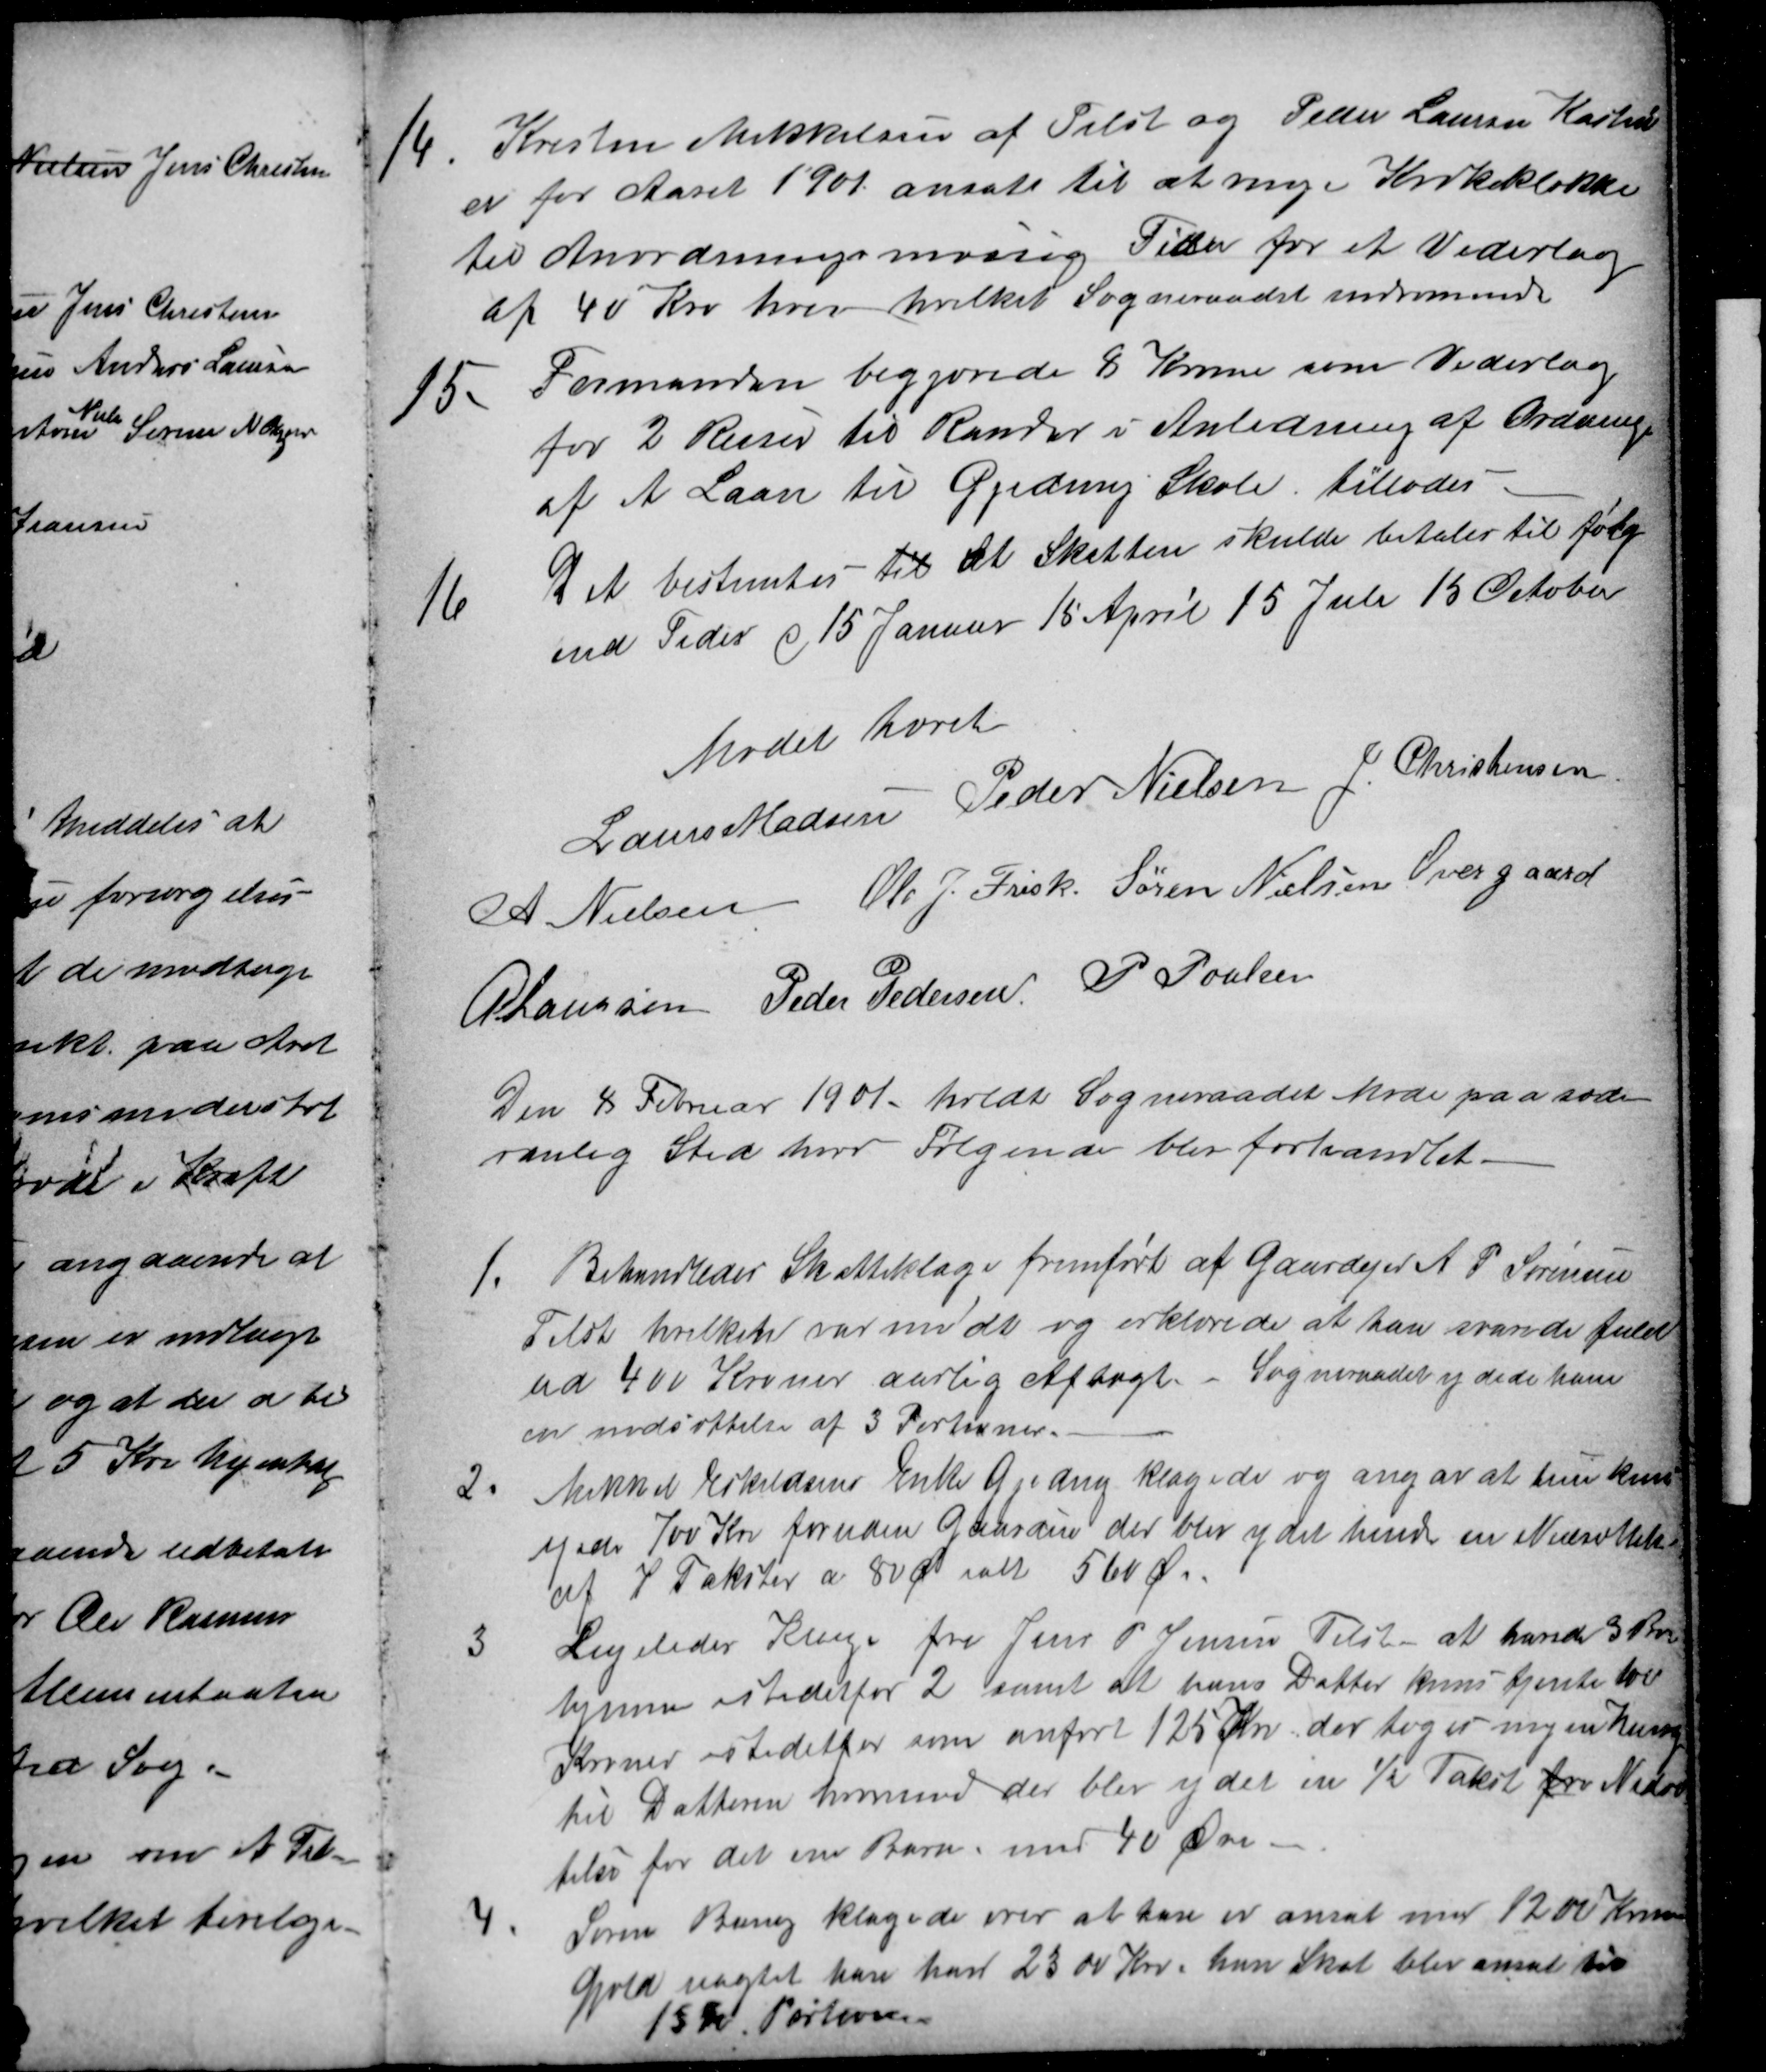
Transskription:
14. Kristen Mikkelsen af Tilst og Peder Laursen Kasted
er for Aaret 1901 ansate til at ringe Kirkeklokke
til Anordningsmæssig Tider for et Vederlag
af 40 Kro hver hvilket Sogneraadet indrømmede
15. Formanden begjærede 8 Kroner som Vederlag
for 2 Reiser til Randers i Anledning af Ordning
af et Laan til Gjeding Skole. tillodes
16 Det bestemtes til at Skatten skulde betales til følg
end Tider d 15 Januar 15 April 15 Juli 15 October
Mødet hævet
Laurs Madsen Peder Nielsen J. Christensen
A Nielsen Ole J. Frisk Søren Nielsen Overgaard
A Laursen Peder Pedersen P Poulsen
Den 8 Februar 1901 holdt Sogneraadet Møde paa sæd-
vanlig Sted hvor følgende blev forhandlet.
1. Behandledes Skatteklage fremført af Gaardejer A P Sørensen
Tilst hvilken var mødt og erklærede at han svarede fuld
ud 400 Kroner aarlig Aftægt. Sogneraadet ydede ham
en nedsættelse af 3 Portioner.
2. Mikkel Eskildsens Enke Gjeding klagede og angav at hun kun
ejede 700 Kr foruden Gaarden der blev ydet hende en Nedsættelse
af 7 Takster a 80 Ø ialt 560 Øre.
3 Ligeledes Klage fra Jens P Jensen Tilst - at havde 3 Børn
hjemme istedetfor 2 samt at hans Datter kuns tjente 100
Kroner istedetfor som anført 125 Kr, der toges ingen Hensyn
til Datteren hvorimod der blev ydet en ½ Takst for Nedsæt
telse for det ene Barn, med 40 Øre.
4 Søren Bang klagede over at han er ansat med 1200 Kroner
Gjæld uagtet han har 2300 Kr. han Skat blev ansat til
15 Portioner